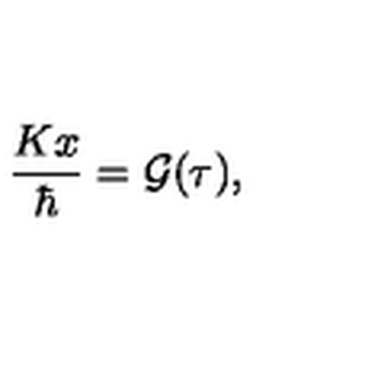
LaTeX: { \frac { K x } { \hbar } } = { \cal G } ( \tau ) ,